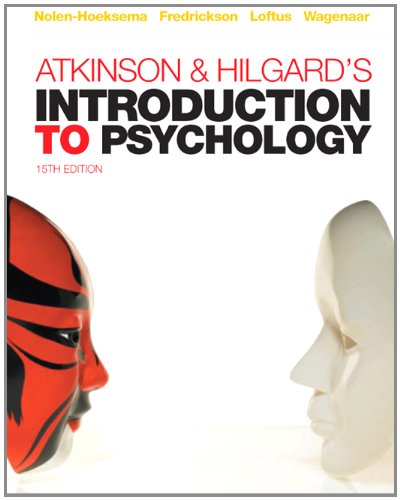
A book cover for Atkinson & Hilgard's Introduction to Psychology; Susan Nolen-Hoeksema; Medical Books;